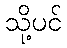
သို့ပင်